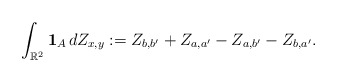
\begin{align*}\int_{\mathbb R^2}\mathbf 1_{A}\, dZ_{x,y} := Z_{b,b'}+Z_{a,a'}-Z_{a,b'}-Z_{b,a'}. \end{align*}